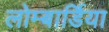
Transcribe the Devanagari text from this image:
लोम्बार्डिया